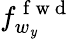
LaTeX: f_{w_{\mathit{y}}}^{\mathrm{{~f~w~d~}}}